画像に写った文字を読んでください
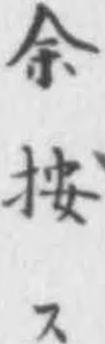
「余按ス」と書いてあります